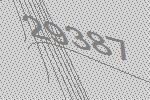
29387